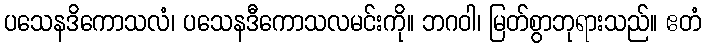
ပသေနဒိကောသလံ၊ ပသေနဒီကောသလမင်းကို။ ဘဂဝါ၊ မြတ်စွာဘုရားသည်။ ဧတံ